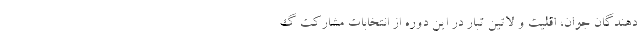
دهندگان جوان، اقلیت و لاتین تبار در این دوره از انتخابات مشارکت گ